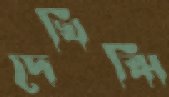
দেখিঝিঁ